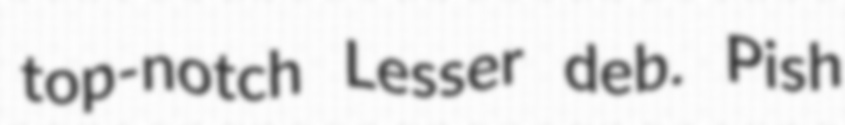
top-notch Lesser deb. Pish